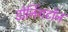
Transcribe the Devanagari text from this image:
डोनिंगटॉन